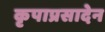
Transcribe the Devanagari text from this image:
कृपाप्रसादेन